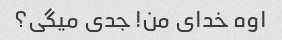
اوه خدای من! جدی میگی؟